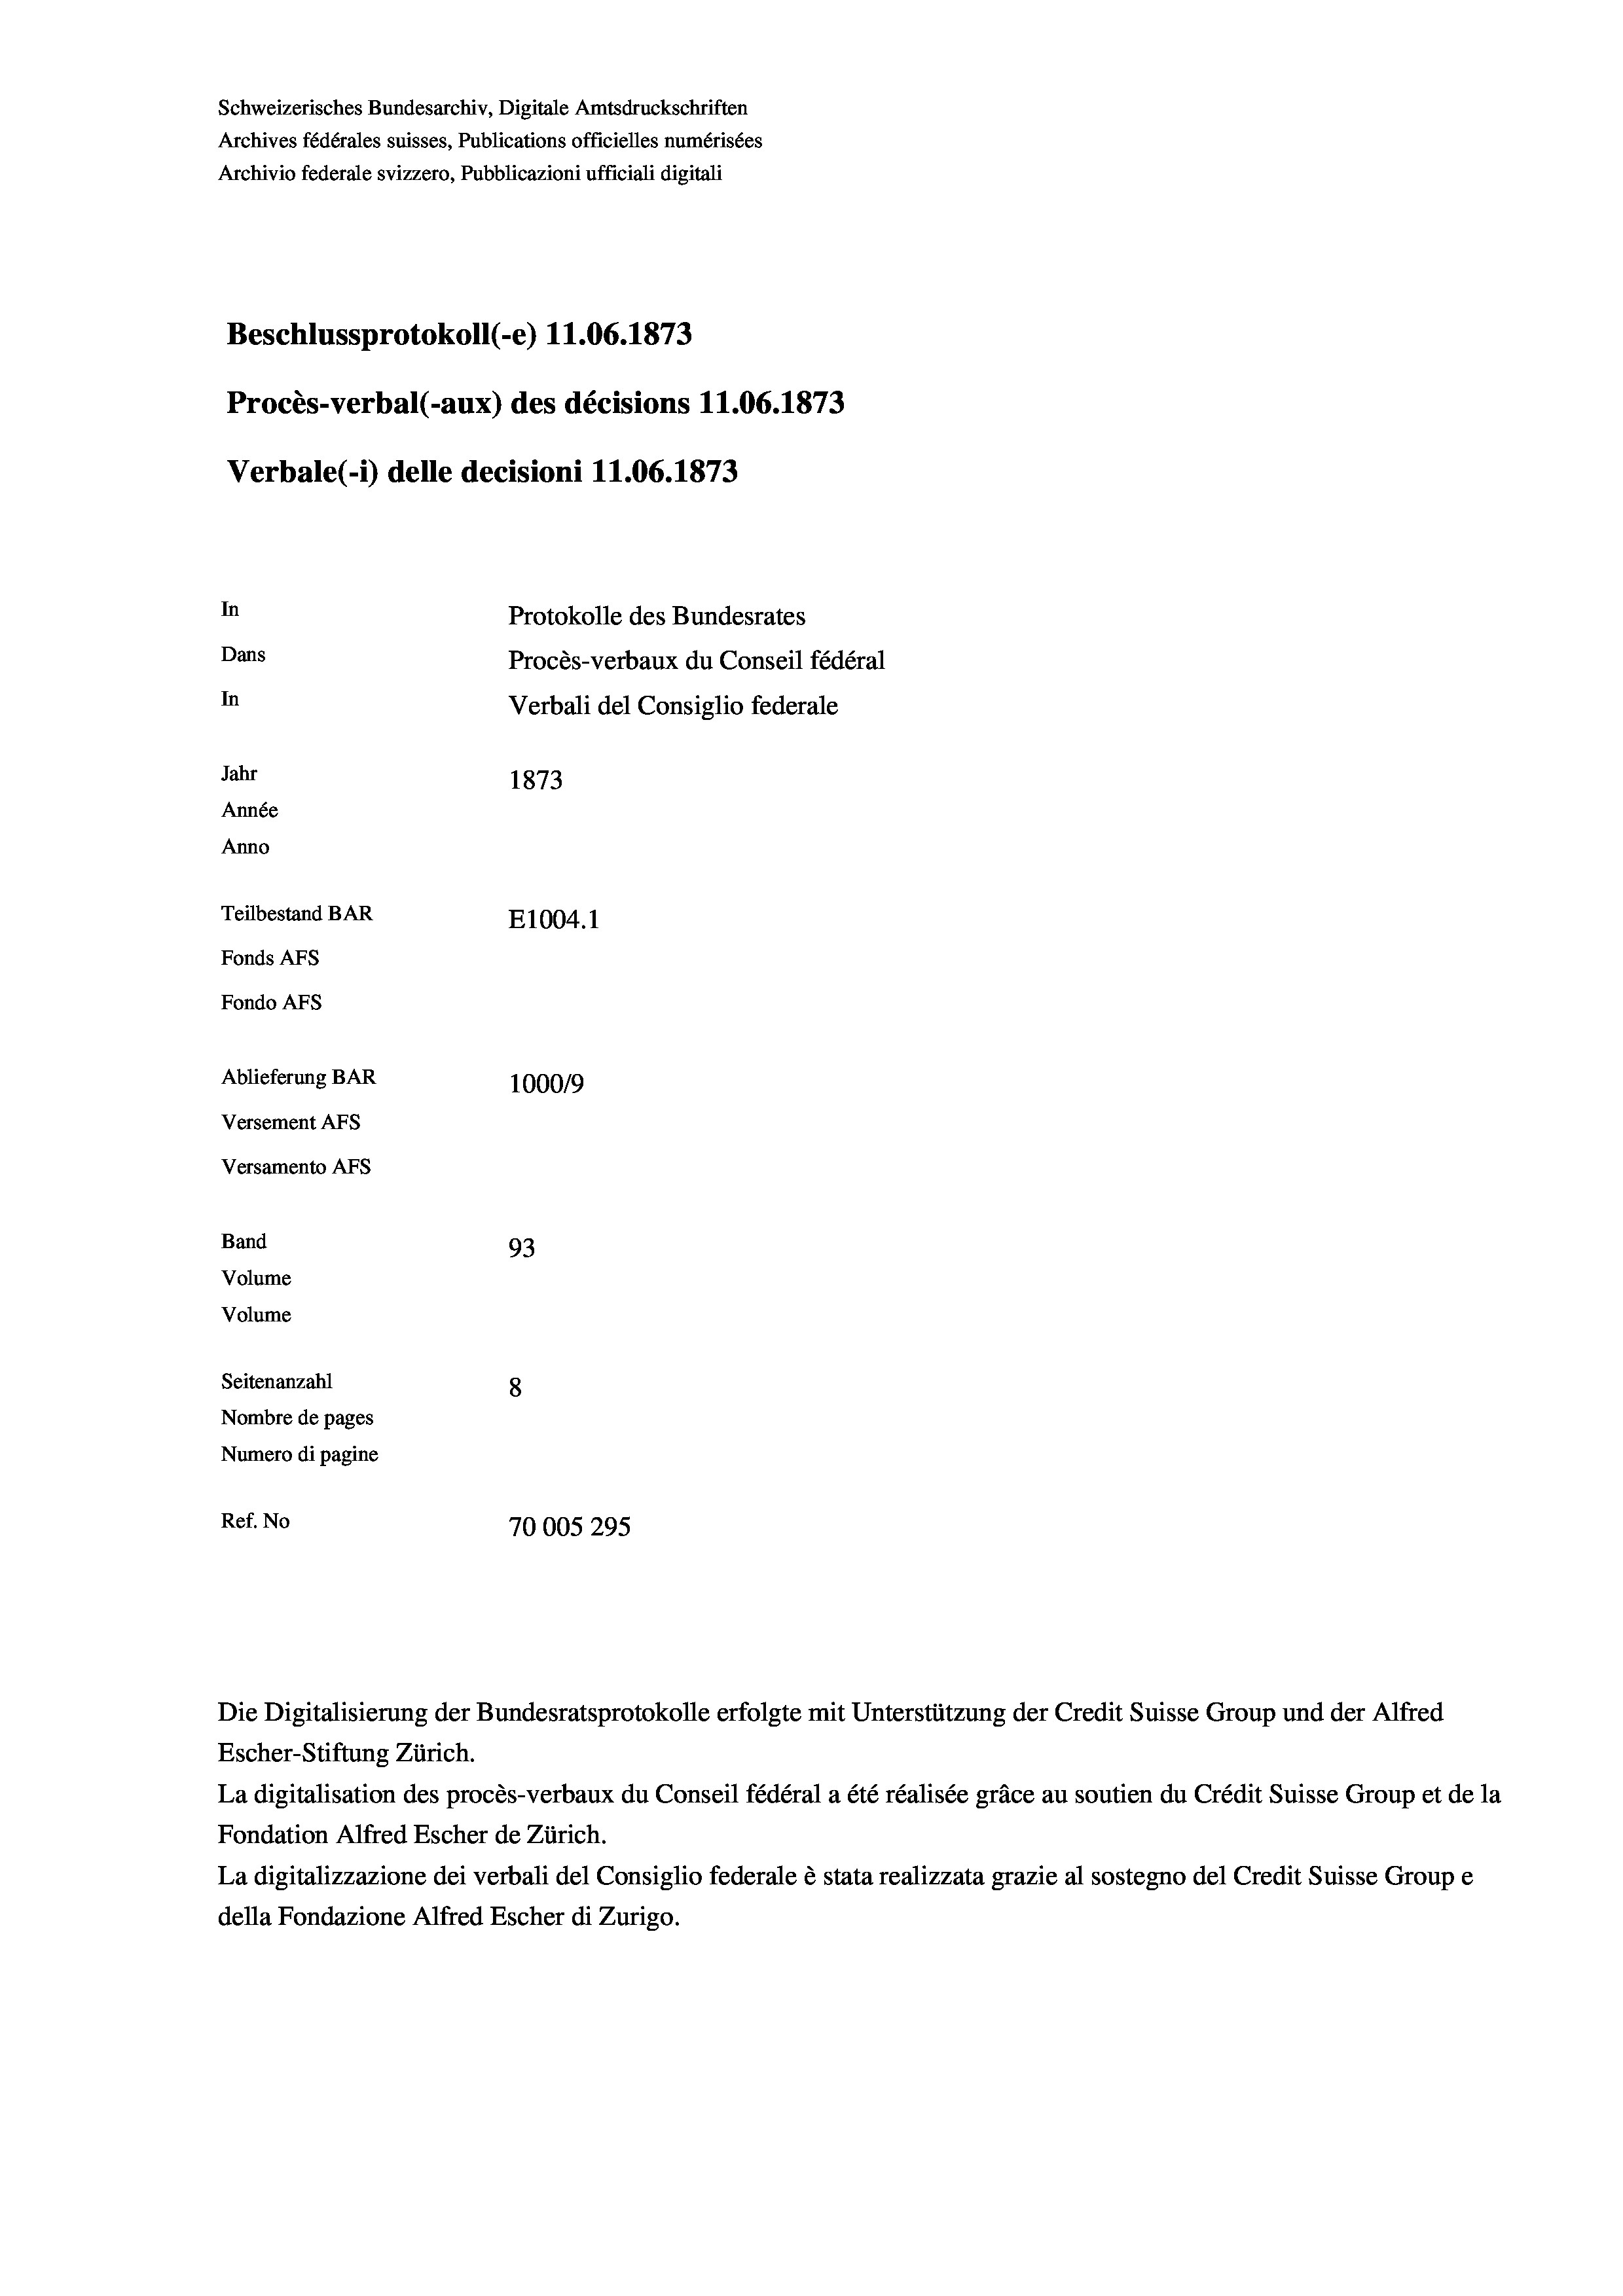
Schweizerisches Bundesarchiv, Digitale Amtsdruckschriften
Archives fédérales suisses, Publications officielles numérisées
Archivio federale svizzero, Pubblicazioni ufficiali digitali
Beschlussprotokoll (-e) 11.06. 1873
Procès-verbal (-aux) des décisions 11.06. 1873
Verbale (- 1) delle decisioni 11.06. 1873
In
Protokolle des Bundesrates
Dans
Procès-verbaux du Conseil fédéral
In
Verbali del Consiglio federale
Jahr
1873
Année
Anno
Teilbestand BAR
E1004.1
Fonds AFs
Fondo AFs
Ablieferung BAR
100019
Versement Abs
Versamento Afs
Band
93
Volume
Volume
Seitenanzahl
8
Nombre de pages
Numero di pagine
Ref. No
70005295

Die Digitalisierung der Bundesratsprotokolle erfolgte mit Unterstützung der Credit Suisse Group und der Alfred
Escher-Stiftung Zürich.
La digitalisation des procès-verbaux du Conseil fédéral a été réalisée gräce au soutien du Crédit Suisse Group et de la
Fondation Alfred Escher de Zürich.
La digitalizzazione dei verbali del Consiglio federale è stata realizzata grazie al sostegno del Credit Suisse Groupe
della Fondazione Alfred Escher di Zurigo.